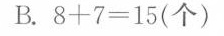
B.$$8 + 7 = 1 5$$(个)